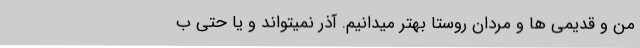
من و قدیمی ها و مردان روستا بهتر میدانیم. آذر نمیتواند و یا حتی ب